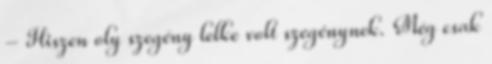
- Hiszen oly szegény lelke volt szegénynek. Még csak